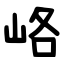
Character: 峈